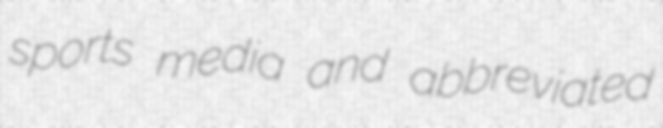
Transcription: sports media and abbreviated